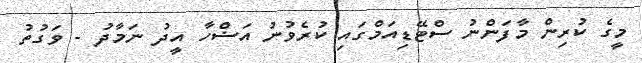
މީގެ ކުރިން މާފަންނު ސްޓޭޑިއަމްގައި ކުރެވުނު އަޟްހާ އީދު ނަމާދު - ވަގުތު